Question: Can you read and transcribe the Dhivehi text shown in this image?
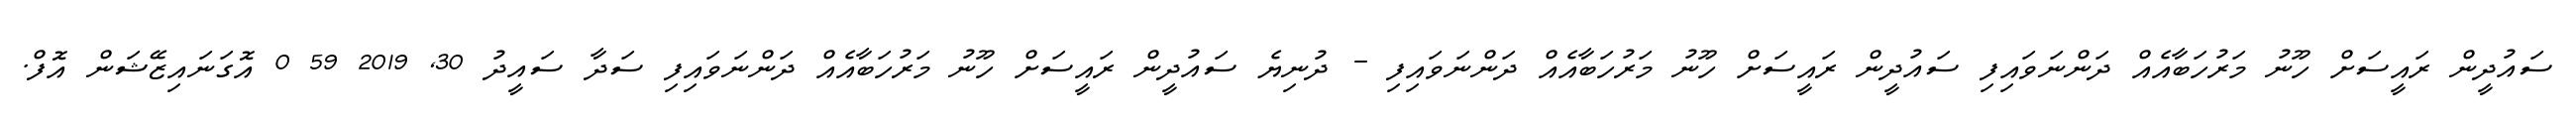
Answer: ސައުދީން ރައީސަށް ހޫނު މަރުހަބާއެއް ދަންނަވައިފި ސައުދީން ރައީސަށް ހޫނު މަރުހަބާއެއް ދަންނަވައިފި - ދުނިޔެ ސައުދީން ރައީސަށް ހޫނު މަރުހަބާއެއް ދަންނަވައިފި ސަދާ ސައީދު 30, 2019 59 0 އޮގަނައިޒޭޝަން އޮފް.